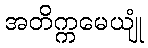
အတိက္ကမေယျုံ